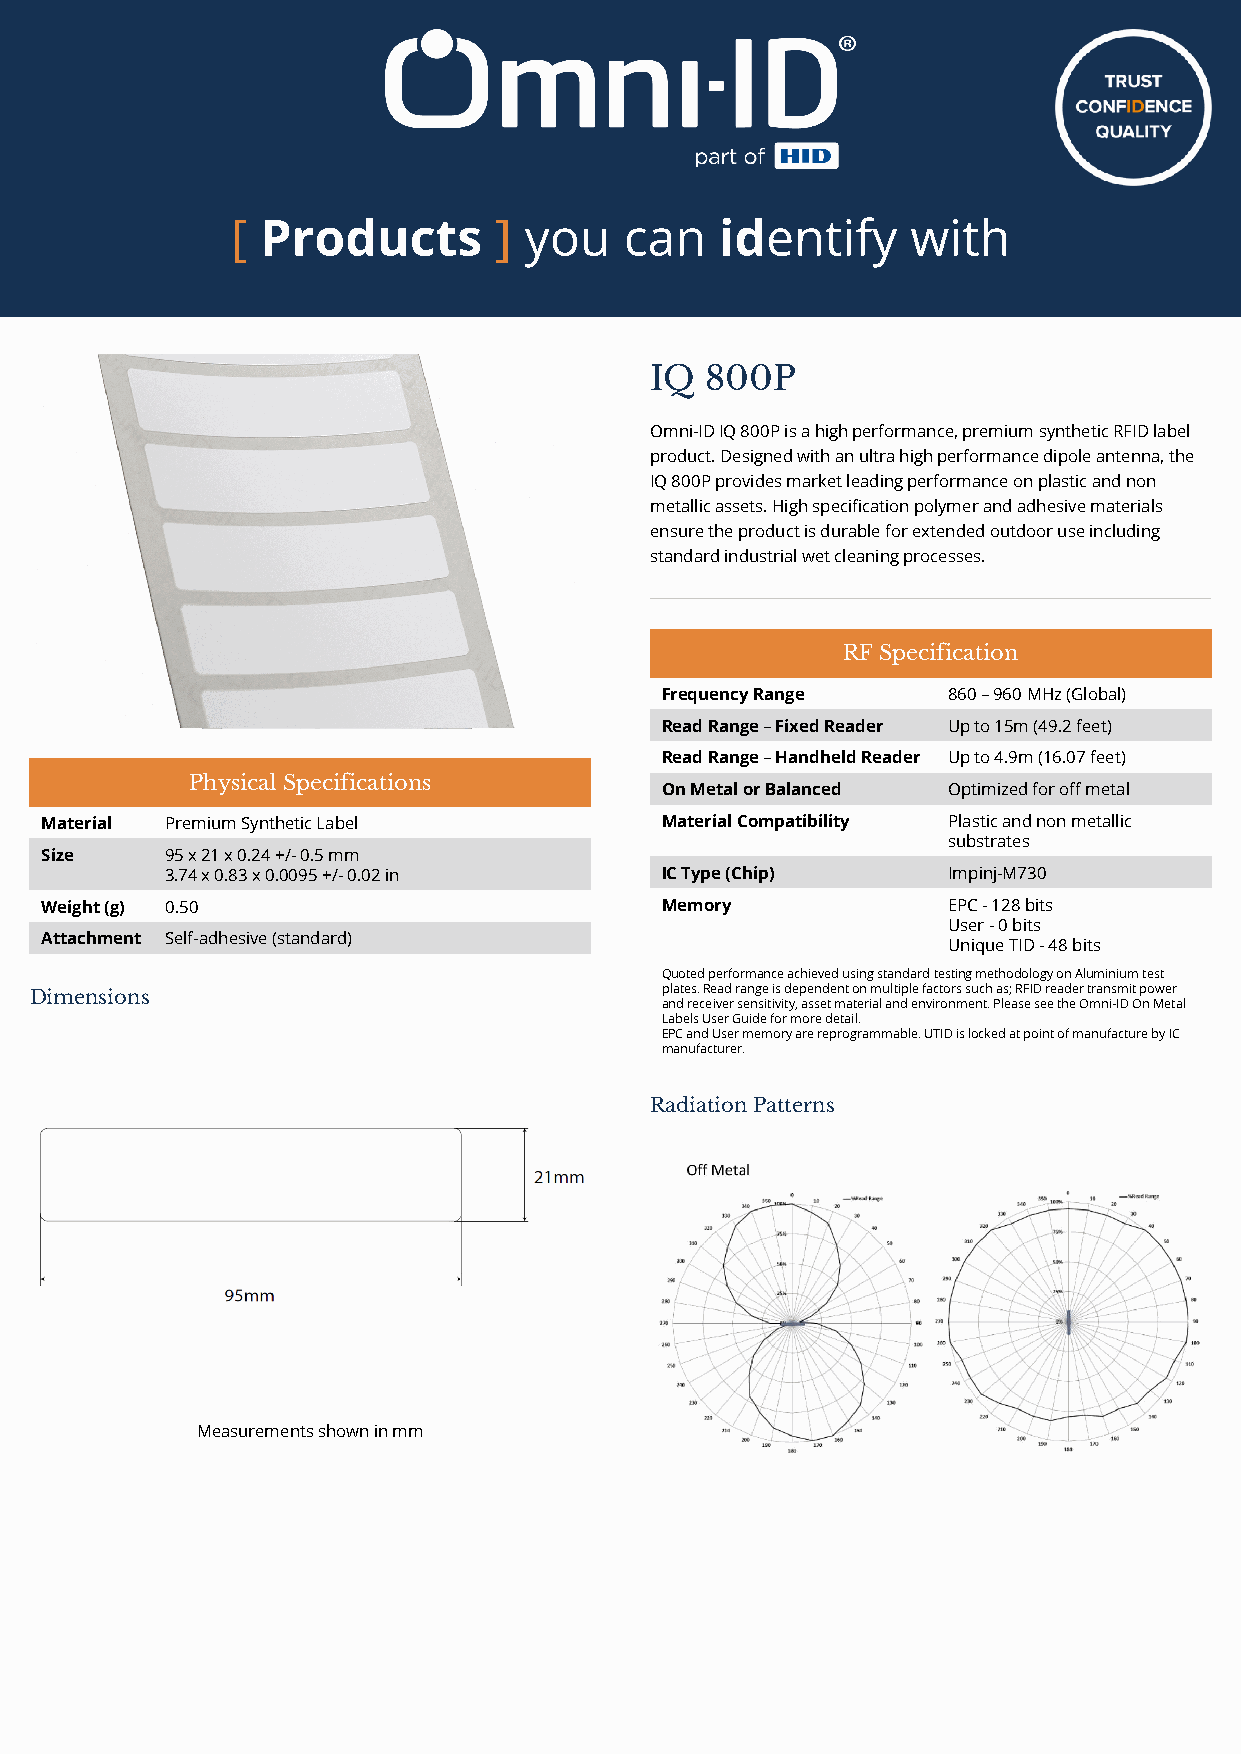
[[ PPrroodduuccttss ]] yyoouu ccaann iiddeennttiiffyy wwiitthh
 IQ  800P
 Omni-ID IQ 800P is a high performance, premium synthetic RFID label
 product. Designed with an ultra high performance dipole antenna, the
 IQ 800P provides market leading performance on plastic and non
 metallic assets. High specification polymer and adhesive materials
 ensure the product is durable for extended outdoor use including
 standard industrial wet cleaning processes.
 RF Specification
 Frequency Range    860 – 960 MHz (Global)
 Read Range – Fixed Reader Up to 15m (49.2 feet)
 Read Range – Handheld Reader Up to 4.9m (16.07 feet)
 Physical Specifications
 On Metal or Balanced Optimized for off metal
 Material Premium Synthetic Label         Material Compatibility Plastic and non metallic
 substrates
 Size    95 x 21 x 0.24 +/- 0.5 mm
 3.74 x 0.83 x 0.0095 +/- 0.02 in IC Type (Chip)     Impinj-M730
 Weight (g) 0.50                          Memory             EPC - 128 bits
 User - 0 bits
 Attachment Self-adhesive (standard)                         Unique TID - 48 bits
 Quoted performance achieved using standard testing methodology on Aluminium test
 Dimensions                                plates. Read range is dependent on multiple factors such as; RFID reader transmit power
 and receiver sensitivity, asset material and environment. Please see the Omni-ID On Metal
 Labels User Guide for more detail.
 EPC and User memory are reprogrammable. UTID is locked at point of manufacture by IC
 manufacturer.
 Radiation Patterns
 Measurements shown in mm